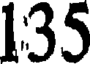
135